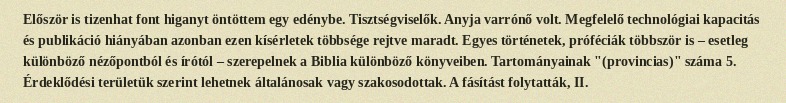
Először is tizenhat font higanyt öntöttem egy edénybe. Tisztségviselők. Anyja varrónő volt. Megfelelő technológiai kapacitás és publikáció hiányában azonban ezen kísérletek többsége rejtve maradt. Egyes történetek, próféciák többször is – esetleg különböző nézőpontból és írótól – szerepelnek a Biblia különböző könyveiben. Tartományainak "(provincias)" száma 5. Érdeklődési területük szerint lehetnek általánosak vagy szakosodottak. A fásítást folytatták, II.